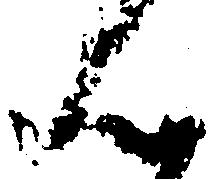
ん